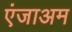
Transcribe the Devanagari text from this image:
एंजाअम